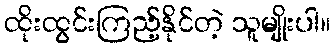
ထိုးထွင်းကြည့်နိုင်တဲ့ သူမျိုးပါ။